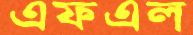
এফএল